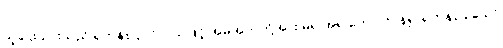
သူဌေးသားသည် ရဟန်းပြုလိုလှသဖြင့် အမိအဘတို့အား မရ အရ တောင်းပန်၍ ရဟန်းပြုသော်